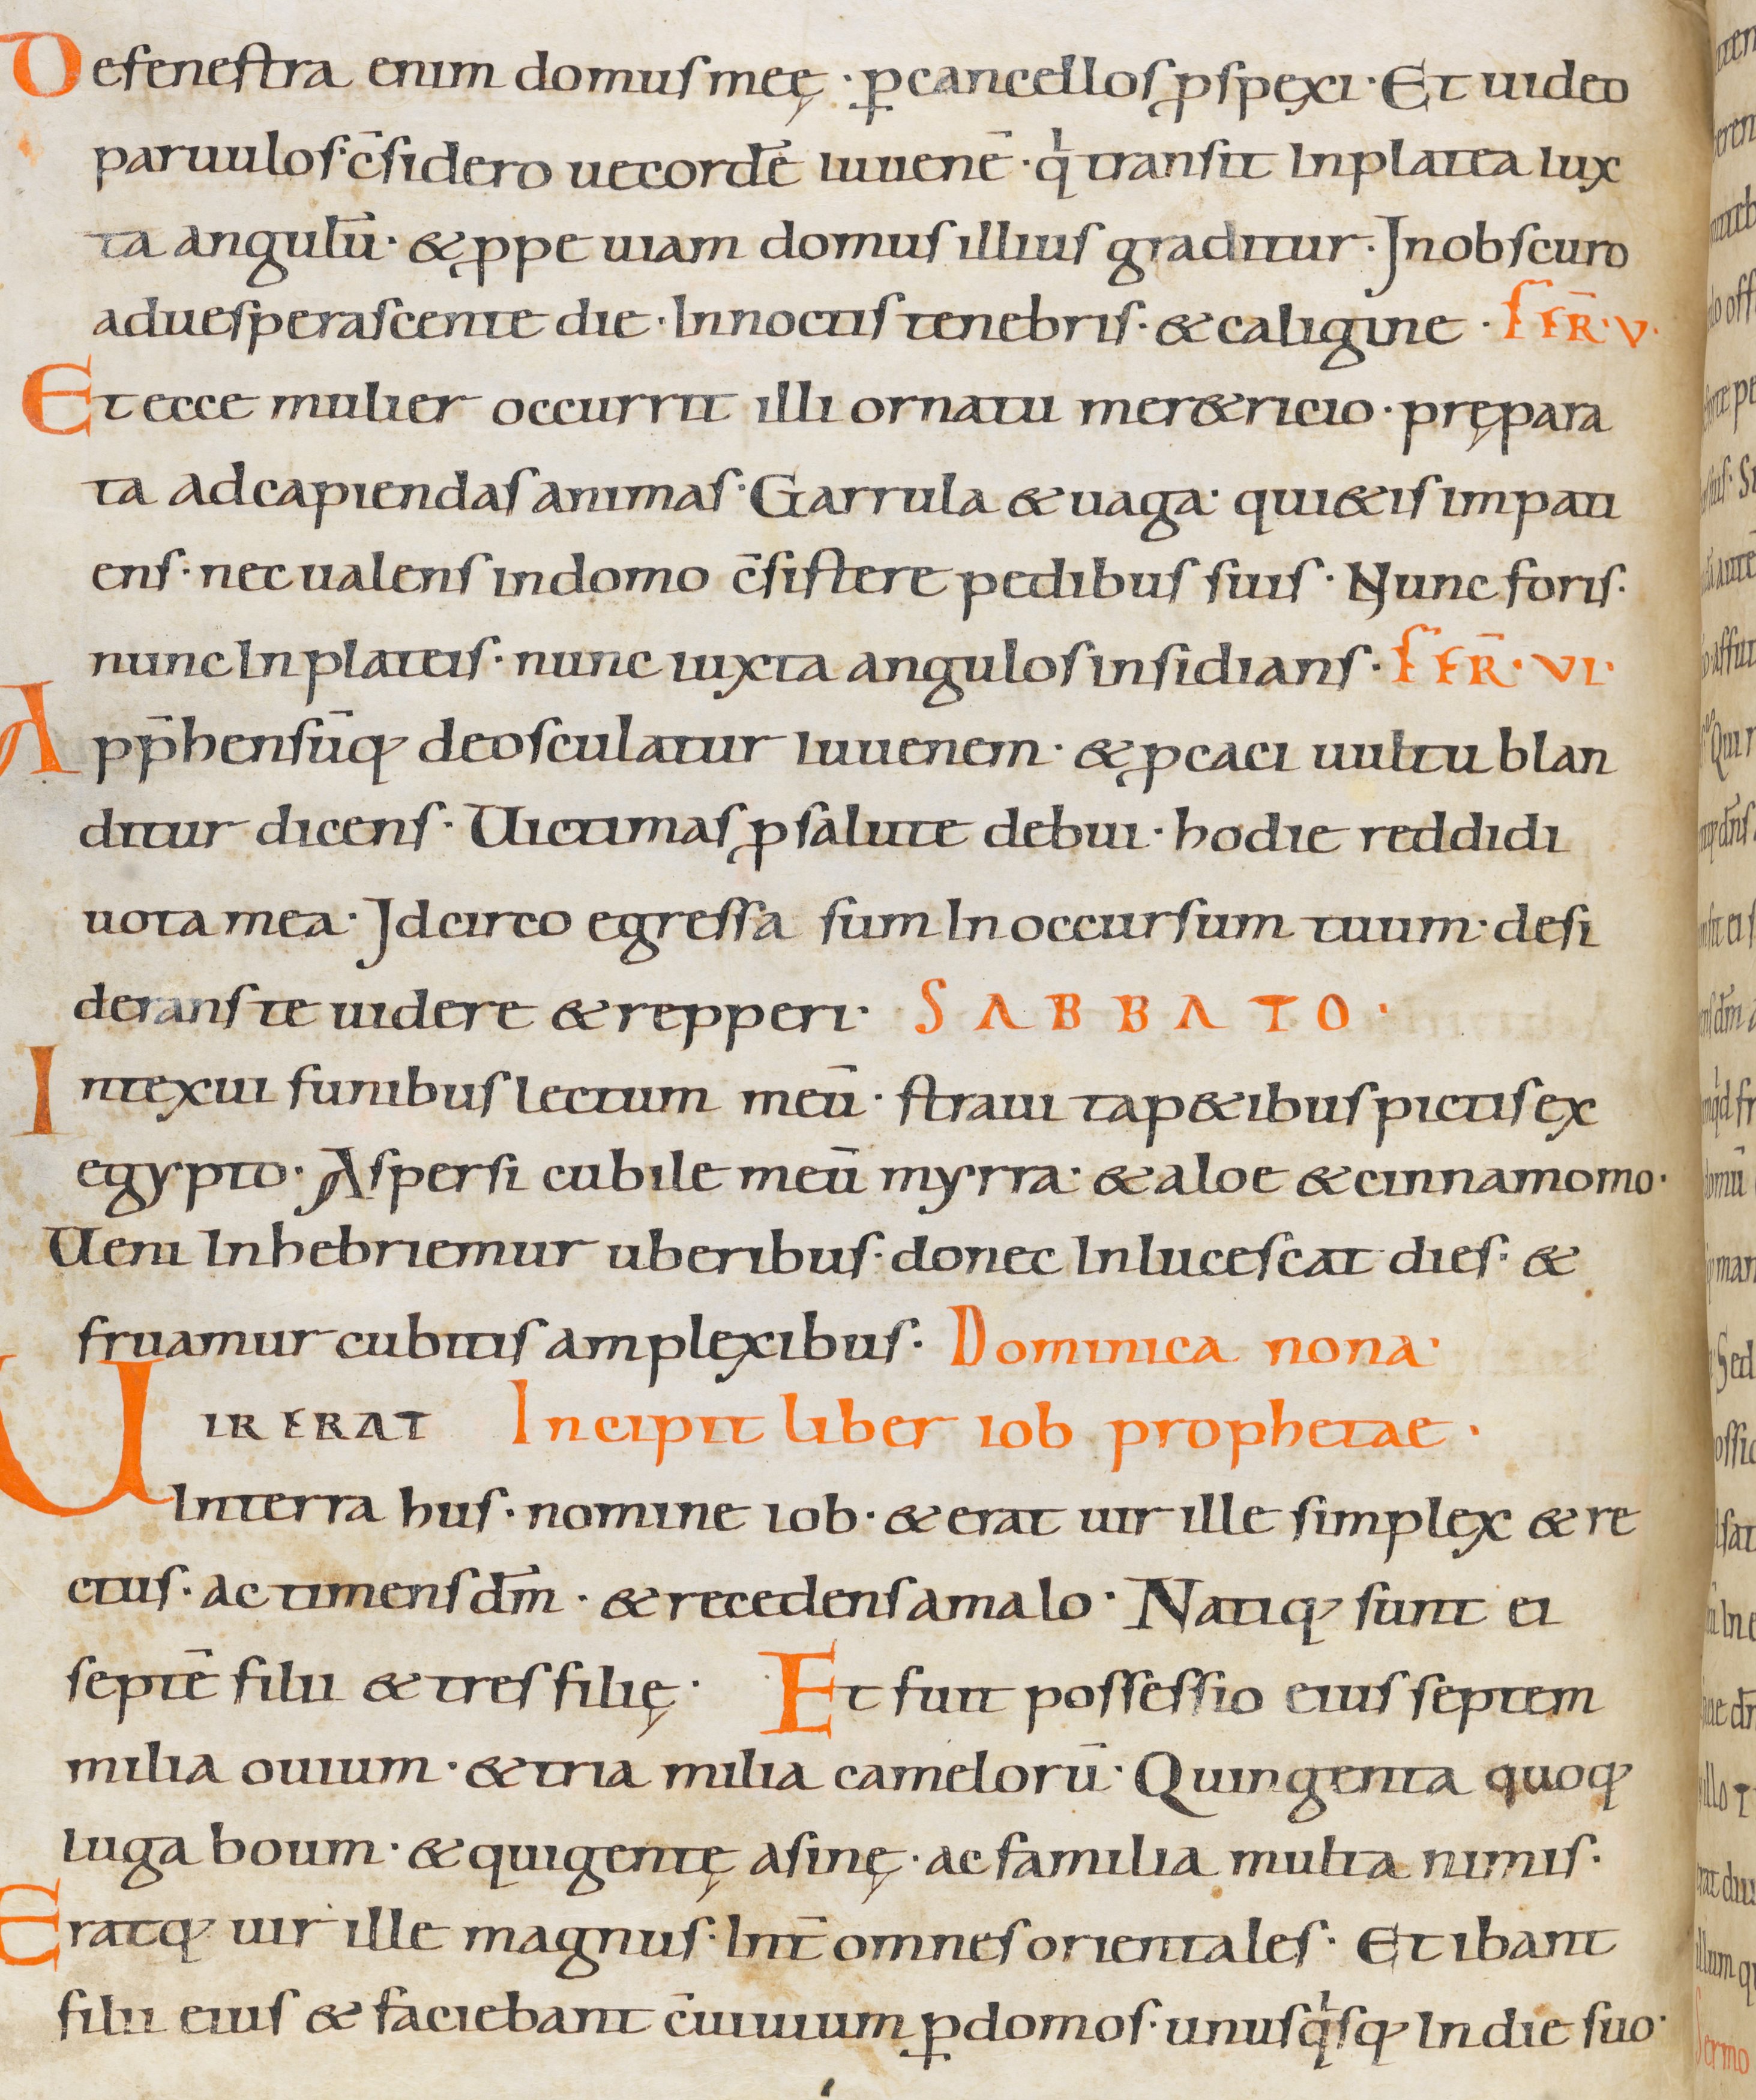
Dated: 900–999